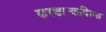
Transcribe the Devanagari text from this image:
करणार्‍याविरुद्ध